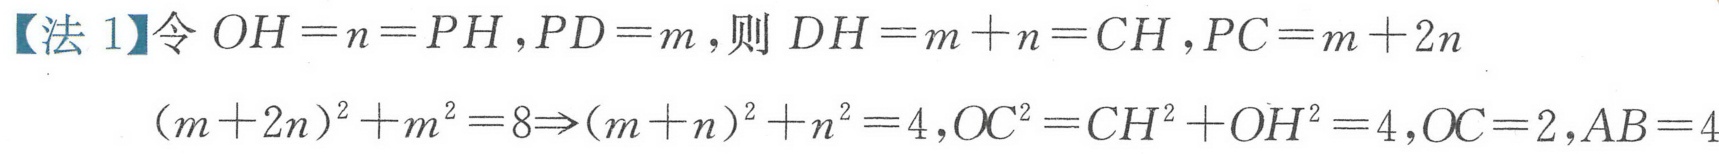
【法 1】令 \(OH = n = PH\), \(PD = m\), 则 \(DH=m + n=CH\), \(PC=m + 2n\)
\((m + 2n)^{2}+m^{2}=8\Rightarrow(m + n)^{2}+n^{2}=4\), \(OC^{2}=CH^{2}+OH^{2}=4\), \(OC = 2\), \(AB = 4\)